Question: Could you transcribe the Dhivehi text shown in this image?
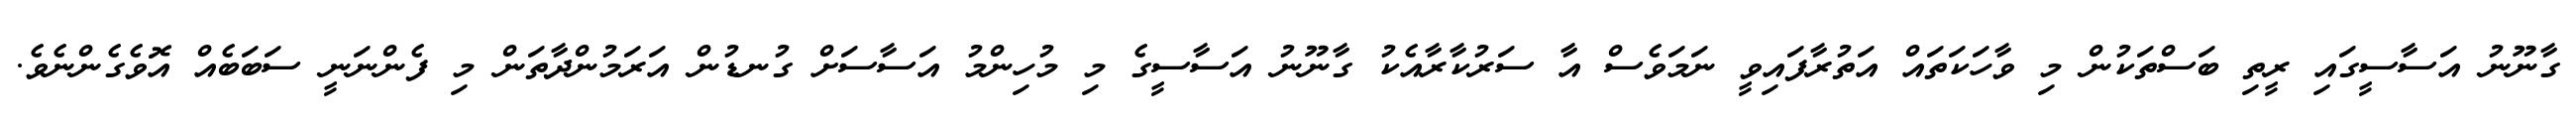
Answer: ގާނޫނު އަސާސީގައި ރީތި ބަސްތަކުން މި ވާހަކަތައް އަތުރާފައިވީ ނަމަވެސް އާ ސަރުކާރާއެކު ގާނޫނު އަސާސީގެ މި މުހިންމު އަސާސަށް ގުނޑުން އަރަމުންދާތަން މި ފެންނަނީ ސަބަބެއް އޮވެގެންނެވެ.